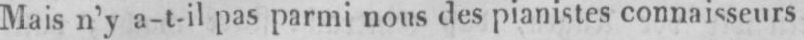
Mais n’y a-t-il pas parmi nous des pianistes connaisseurs